65_HS1-834228961_62-HQ-83894_Section_2
Agency: FBI
Page 173
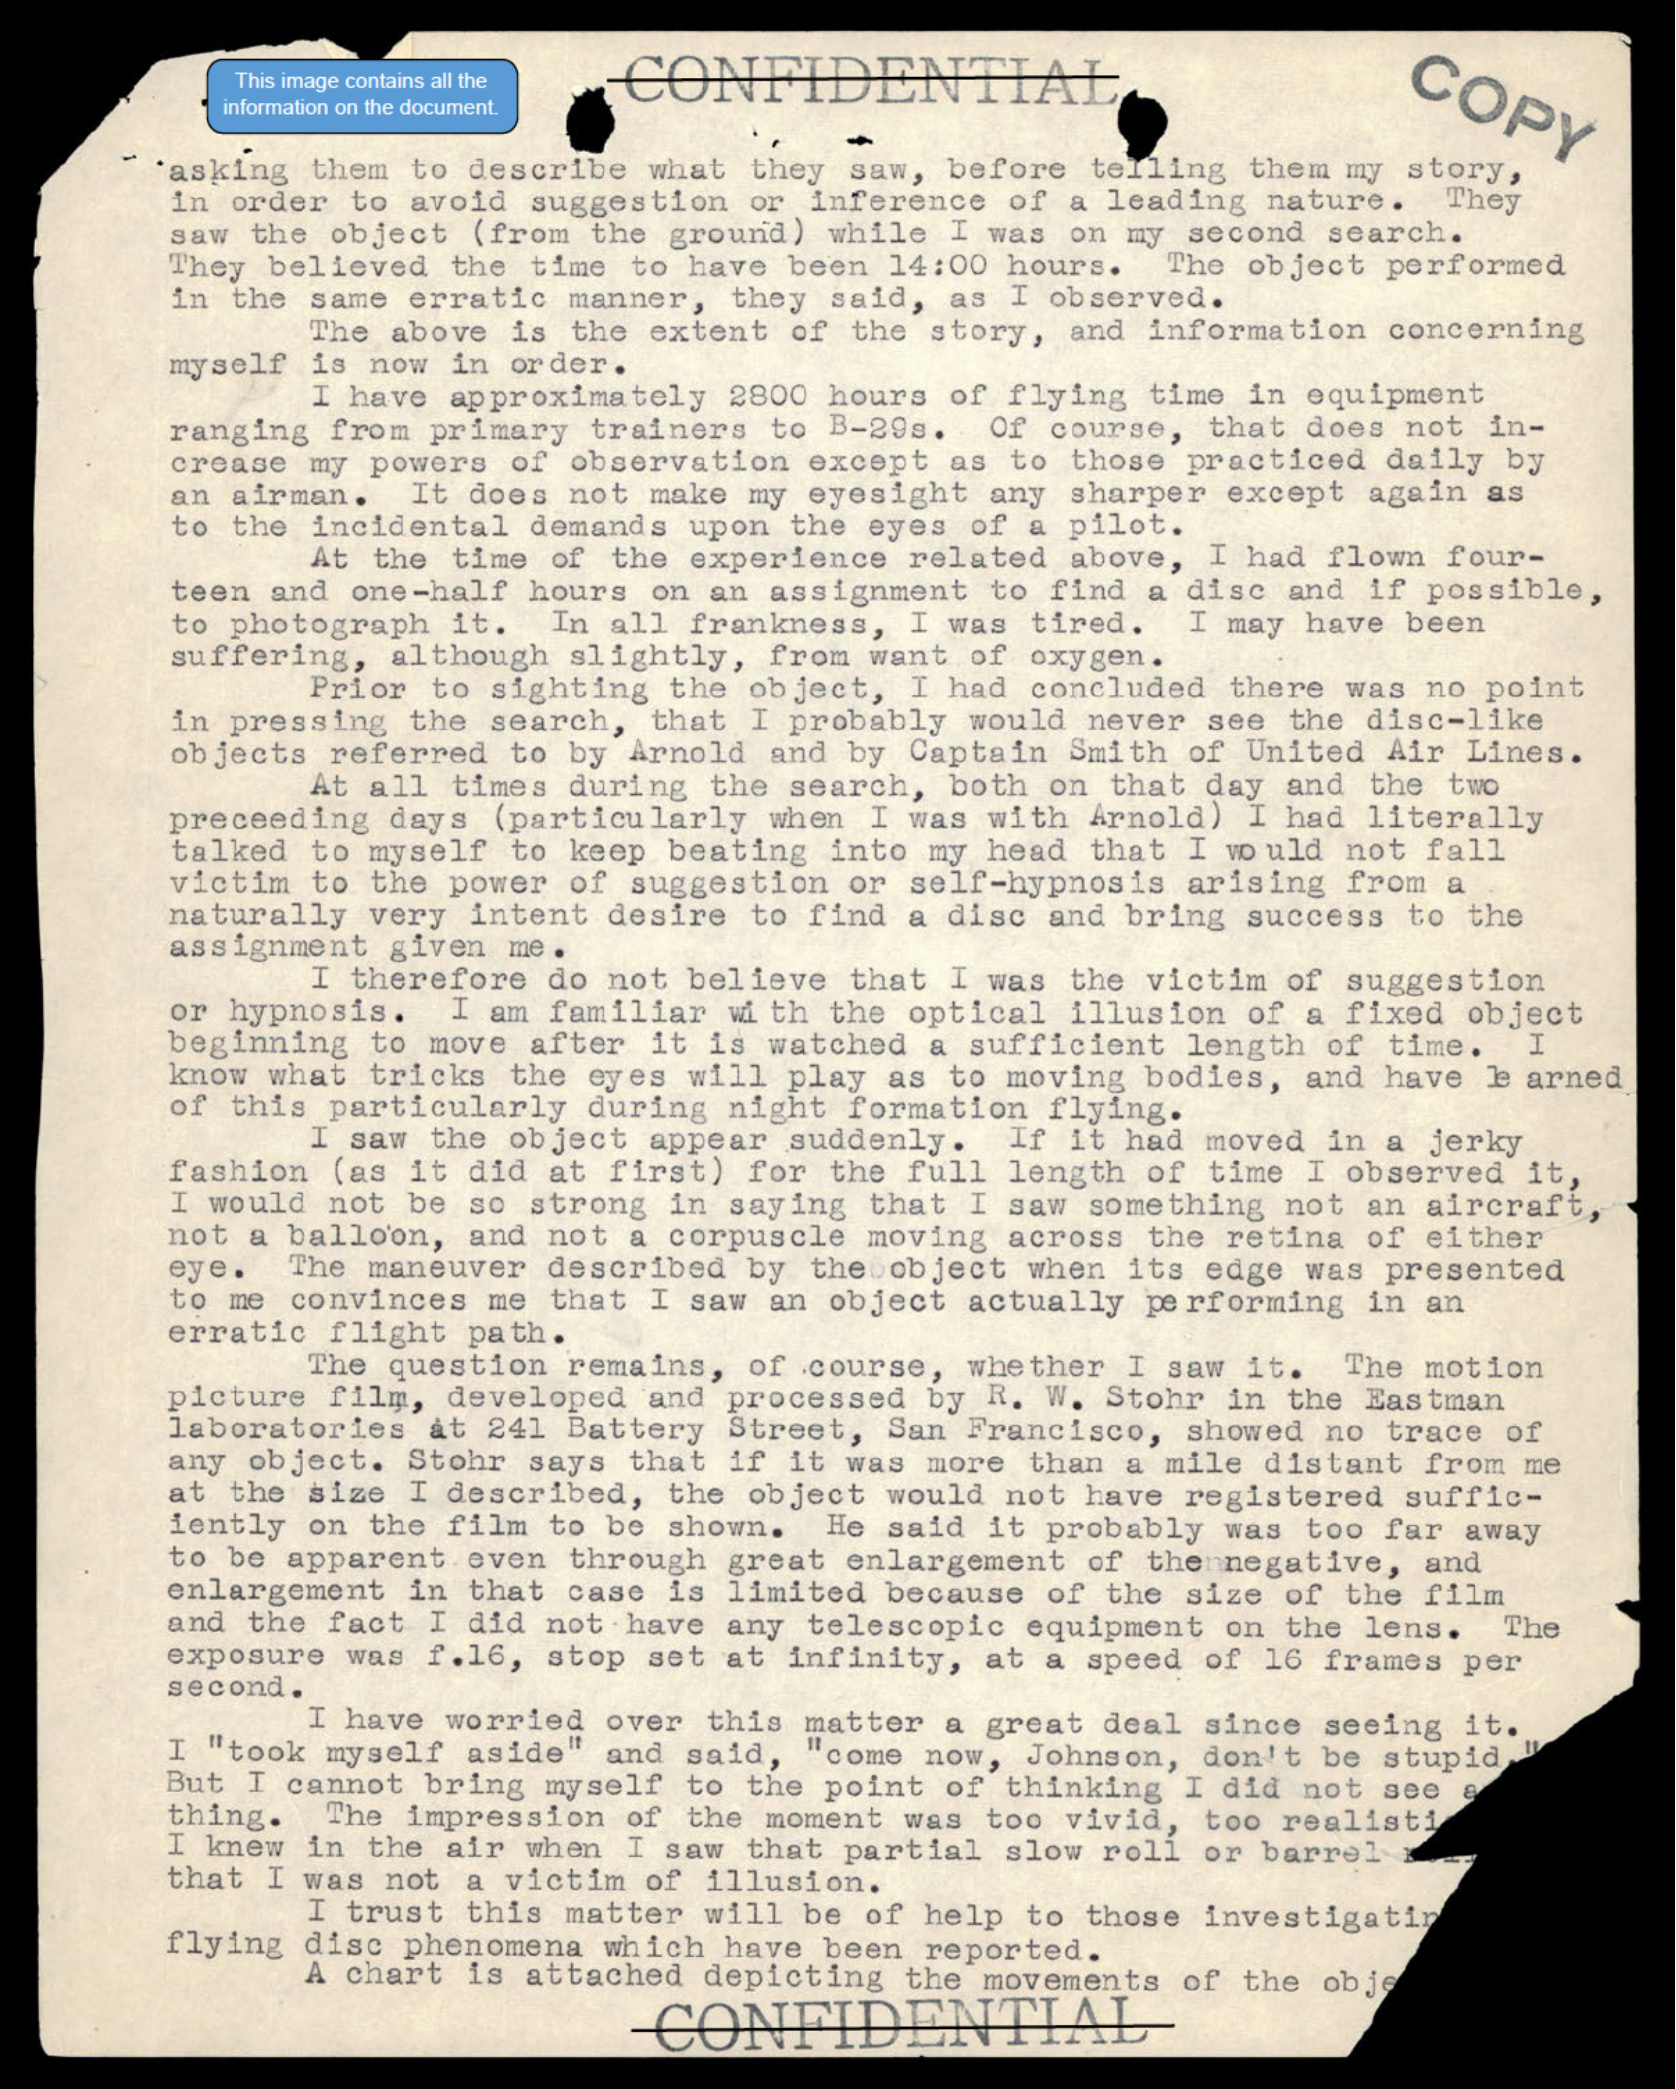